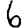
Digit: 6